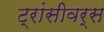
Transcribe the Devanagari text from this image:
ट्रांसीवर्स